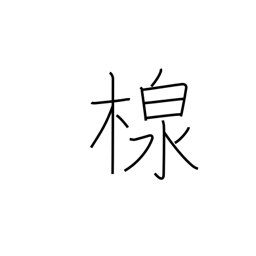
Meaning: container for pouring water